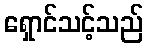
ရှောင်သင့်သည်